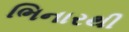
ભિનારથી